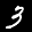
Label: 3